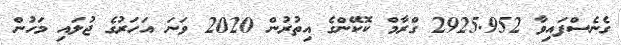
ގެނެސްފައިވާ 2925.952 ގްރާމް ކޮކޭންގެ އިތުރުން 2020 ވަނަ އަހަރުގެ ޖުލައި މަހުން